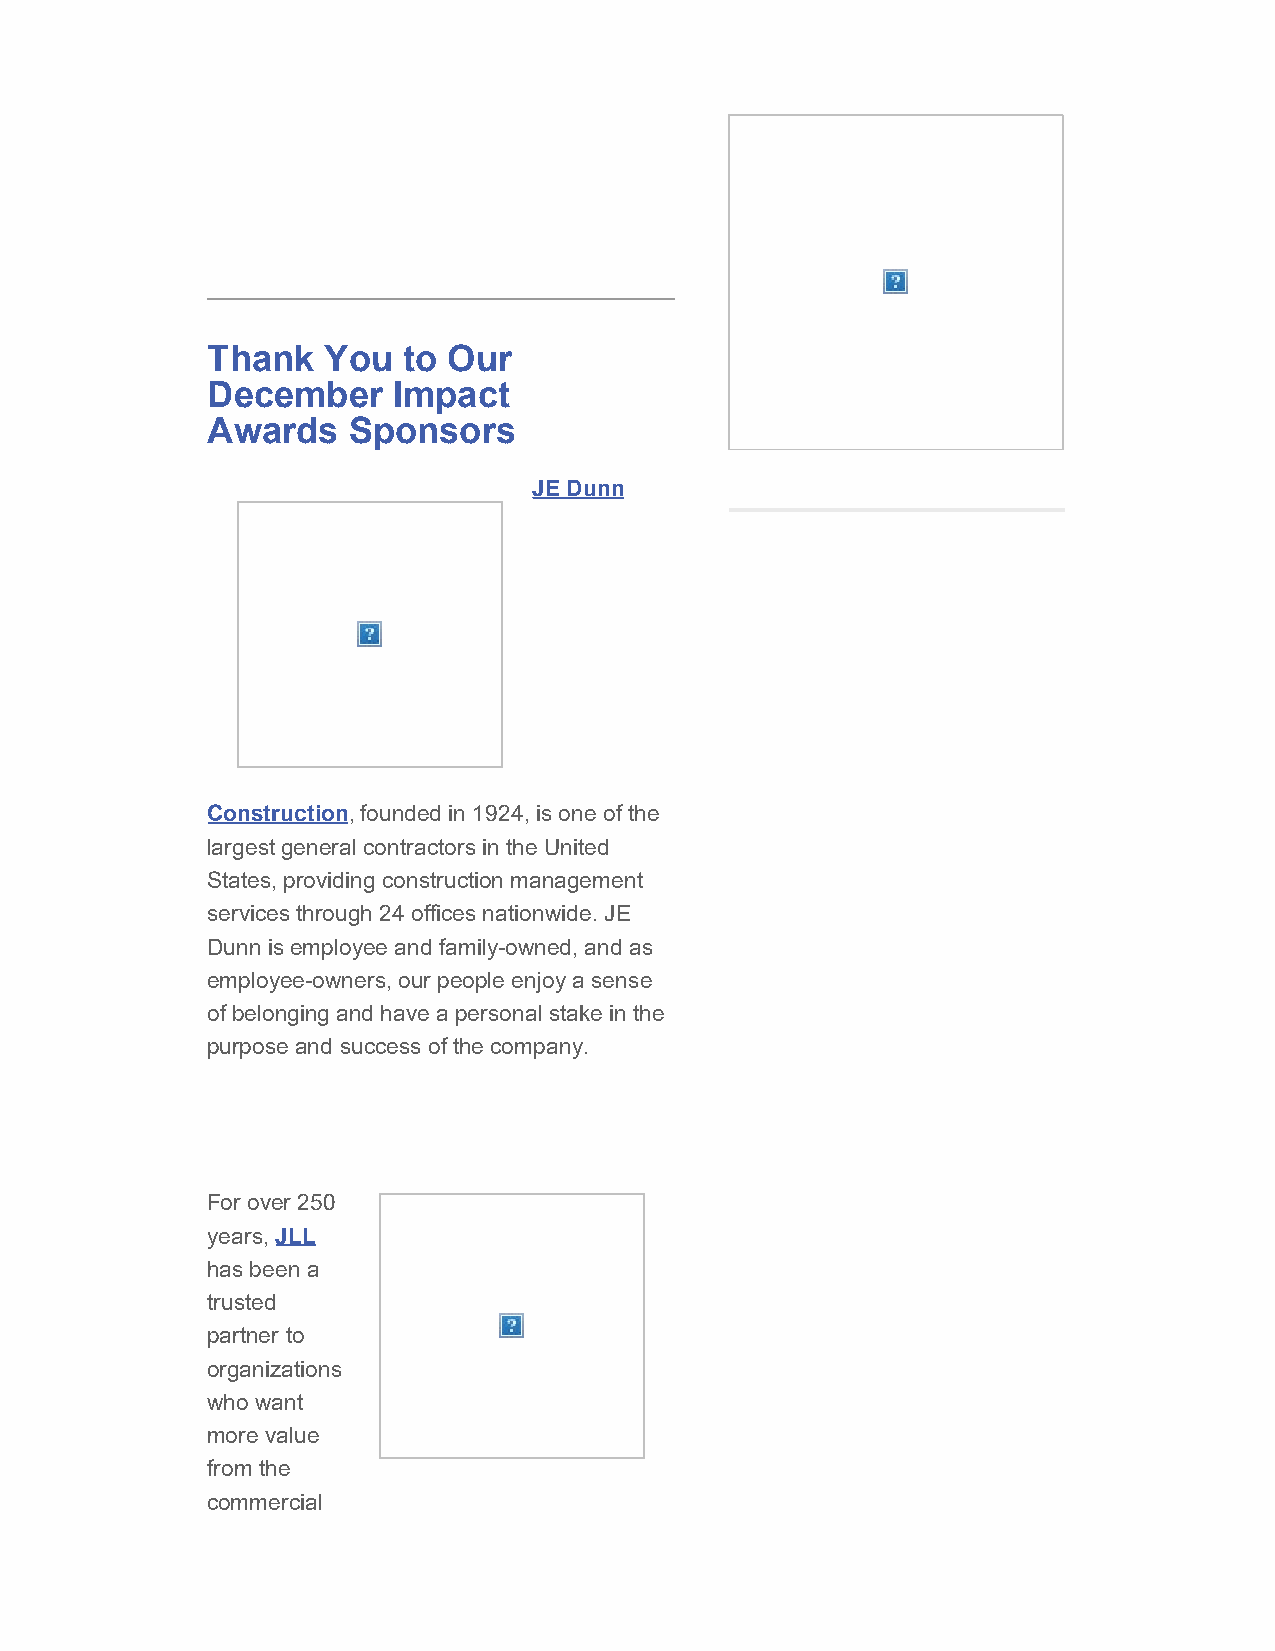
Thank  You   to Our
 December    Impact
 Awards   Sponsors
 JE Dunn
 Construction, founded in 1924, is one of the
 largest general contractors in the United
 States, providing construction management
 services through 24 offices nationwide. JE
 Dunn is employee and family-owned, and as
 employee-owners, our people enjoy a sense
 of belonging and have a personal stake in the
 purpose and success of the company.
 For over 250
 years, JLL
 has been a
 trusted
 partner to
 organizations
 who want
 more value
 from the
 commercial